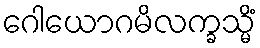
ဂေါယောဂမိလက္ခသ္မိံ